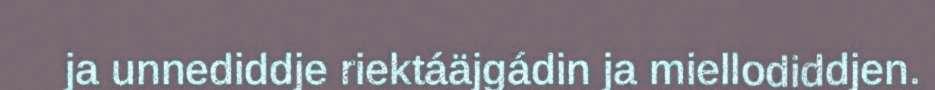
ja unnediddje riektáäjgádin ja miellodiddjen.